Annual report on the working of the lock hospitals in the Central Provinces
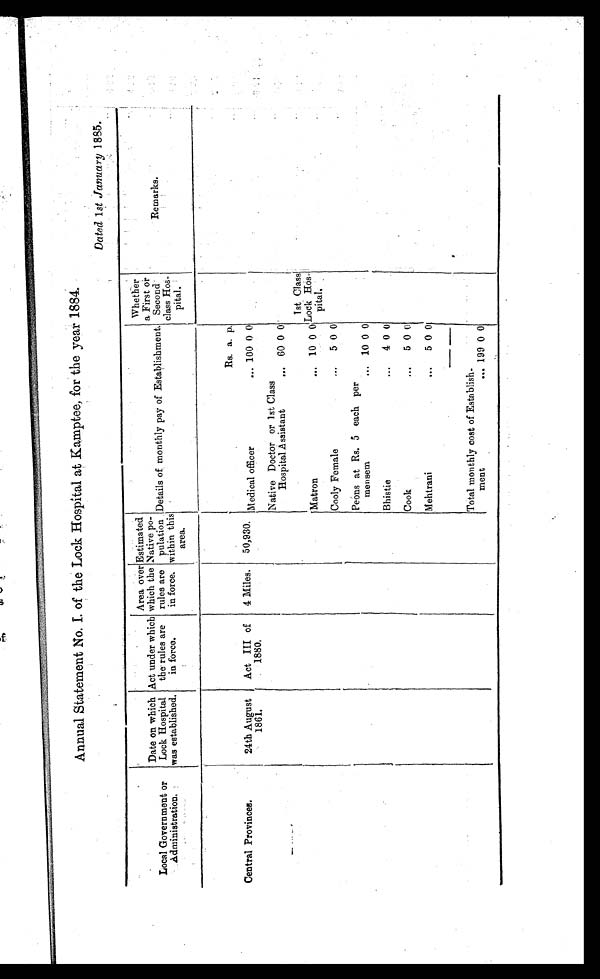
Annual Statement No. 1. of the Lock Hospital at Kamptee, for the year 1884.
Dated 1 st January 1885.
Local Government or
Administration.
Date on which
Lock Hospital
was established.
Act under which
the rules are
in force.
Area over
which the
rules are
in force.
Estimated
Native po-
pulation
within this
area.
Details of monthly pay of Establishment.
Whether
a First or
Second
class Hos-
pital.
Remarks.
Rs. a. p.
Central Provinces.
24th August
1861.
Act III of
1880.
4 Miles.
50,930. Medical officer
... 100 0 0
Nativen Doctor or 1st Class
Hospital A ssistant
... 60 0 0
Matron
... 10 0 0
1st Class
Lock Hos-
pital.
Cooly Female
...
5 0 0
Peons at Rs. 5 each per
mensem
... 10 0 0
Bhistie
...
4 0 0
Cook
...
5 0 0
Mehtrani
...
5 0 0
Total monthly cost of Establish-
ment
... 199 0 0